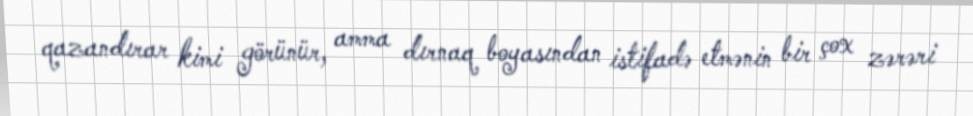
qazandırar kimi görünür, amma dırnaq boyasından istifadə etmənin bir çox zərəri